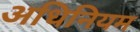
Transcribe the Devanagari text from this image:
अधिनियम